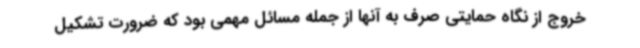
خروج از نگاه حمایتی صرف به آنها از جمله مسائل مهمی بود که ضرورت تشکیل